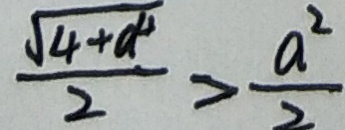
\frac { \sqrt { 4 + a ^ { 4 } } } { 2 } > \frac { a ^ { 2 } } { 2 }